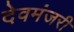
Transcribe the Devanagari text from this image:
देवमंजरी